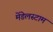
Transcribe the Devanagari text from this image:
मेंडेलस्टाम